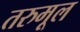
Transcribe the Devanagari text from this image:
तरुमूल